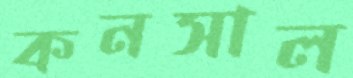
কনসাল